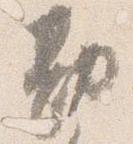
勘